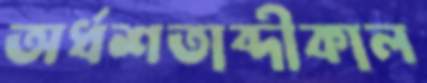
অর্ধশতাব্দীকাল